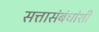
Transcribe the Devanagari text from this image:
सत्तासंबंधांशी